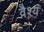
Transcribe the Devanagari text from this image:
वैश्यं